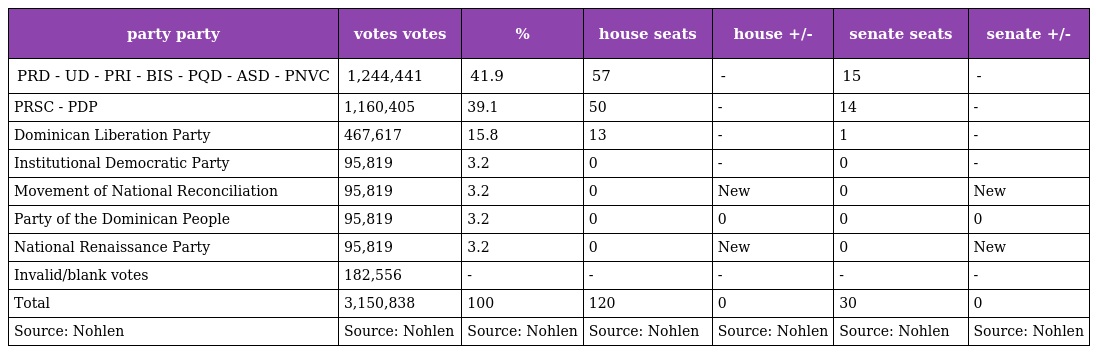
| party party | votes votes | % | house seats | house +/- | senate seats | senate +/- |
 | --- | --- | --- | --- | --- | --- | --- |
 | PRD - UD - PRI - BIS - PQD - ASD - PNVC | 1,244,441 | 41.9 | 57 | - | 15 | - |
 | PRSC - PDP | 1,160,405 | 39.1 | 50 | - | 14 | - |
 | Dominican Liberation Party | 467,617 | 15.8 | 13 | - | 1 | - |
 | Institutional Democratic Party | 95,819 | 3.2 | 0 | - | 0 | - |
 | Movement of National Reconciliation | 95,819 | 3.2 | 0 | New | 0 | New |
 | Party of the Dominican People | 95,819 | 3.2 | 0 | 0 | 0 | 0 |
 | National Renaissance Party | 95,819 | 3.2 | 0 | New | 0 | New |
 | Invalid/blank votes | 182,556 | - | - | - | - | - |
 | Total | 3,150,838 | 100 | 120 | 0 | 30 | 0 |
 | Source: Nohlen | Source: Nohlen | Source: Nohlen | Source: Nohlen | Source: Nohlen | Source: Nohlen | Source: Nohlen |